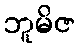
ဘူမိဇ